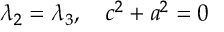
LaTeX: \lambda _ { 2 } = \lambda _ { 3 } , \quad c ^ { 2 } + a ^ { 2 } = 0